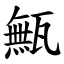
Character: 甒